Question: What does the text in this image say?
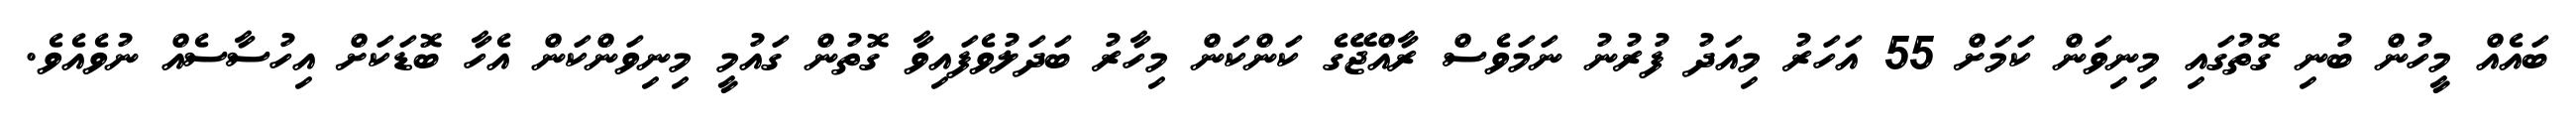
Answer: ބައެއް މީހުން ބުނި ގޮތުގައި މިނިވަން ކަމަށް 55 އަހަރު މިއަދު ފުރުނު ނަމަވެސް ރާއްޖޭގެ ކަންކަން މިހާރު ބަދަލުވެފައިވާ ގޮތުން ގައުމީ މިނިވަންކަން އެހާ ބޮޑަކަށް އިހުސާސެއް ނުވެއެވެ.